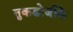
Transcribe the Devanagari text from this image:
तुकडोजीके